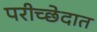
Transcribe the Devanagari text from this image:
परीच्छेदात